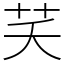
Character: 芺